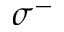
\sigma ^ { - }